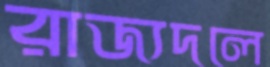
রাজ্যদলে